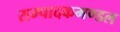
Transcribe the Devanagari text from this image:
सम्पादकमण्डल